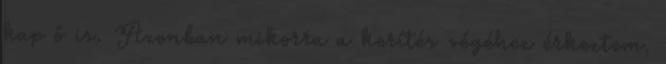
kap ő is. Azonban mikorra a kerítés végéhez érkeztem,